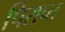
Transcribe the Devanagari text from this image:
पिराप्त